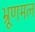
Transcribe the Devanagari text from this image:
भ्रूणमल